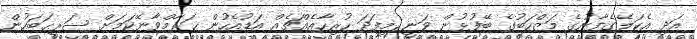
އަދި އެކަލޭގެފާނުގެ މަޒްހަބުގެ ބޭފުޅުން ވަނީ މިފަދަ ހުރިހާއެއްޗެއް އަޑުއެހުން ޙަރާމްވާނޭކަމަށް ޞަރީޙަބަހުން